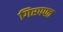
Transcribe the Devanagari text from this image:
गिरपफ्त